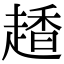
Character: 𧽂